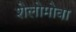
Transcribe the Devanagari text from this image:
शेलोमोवा